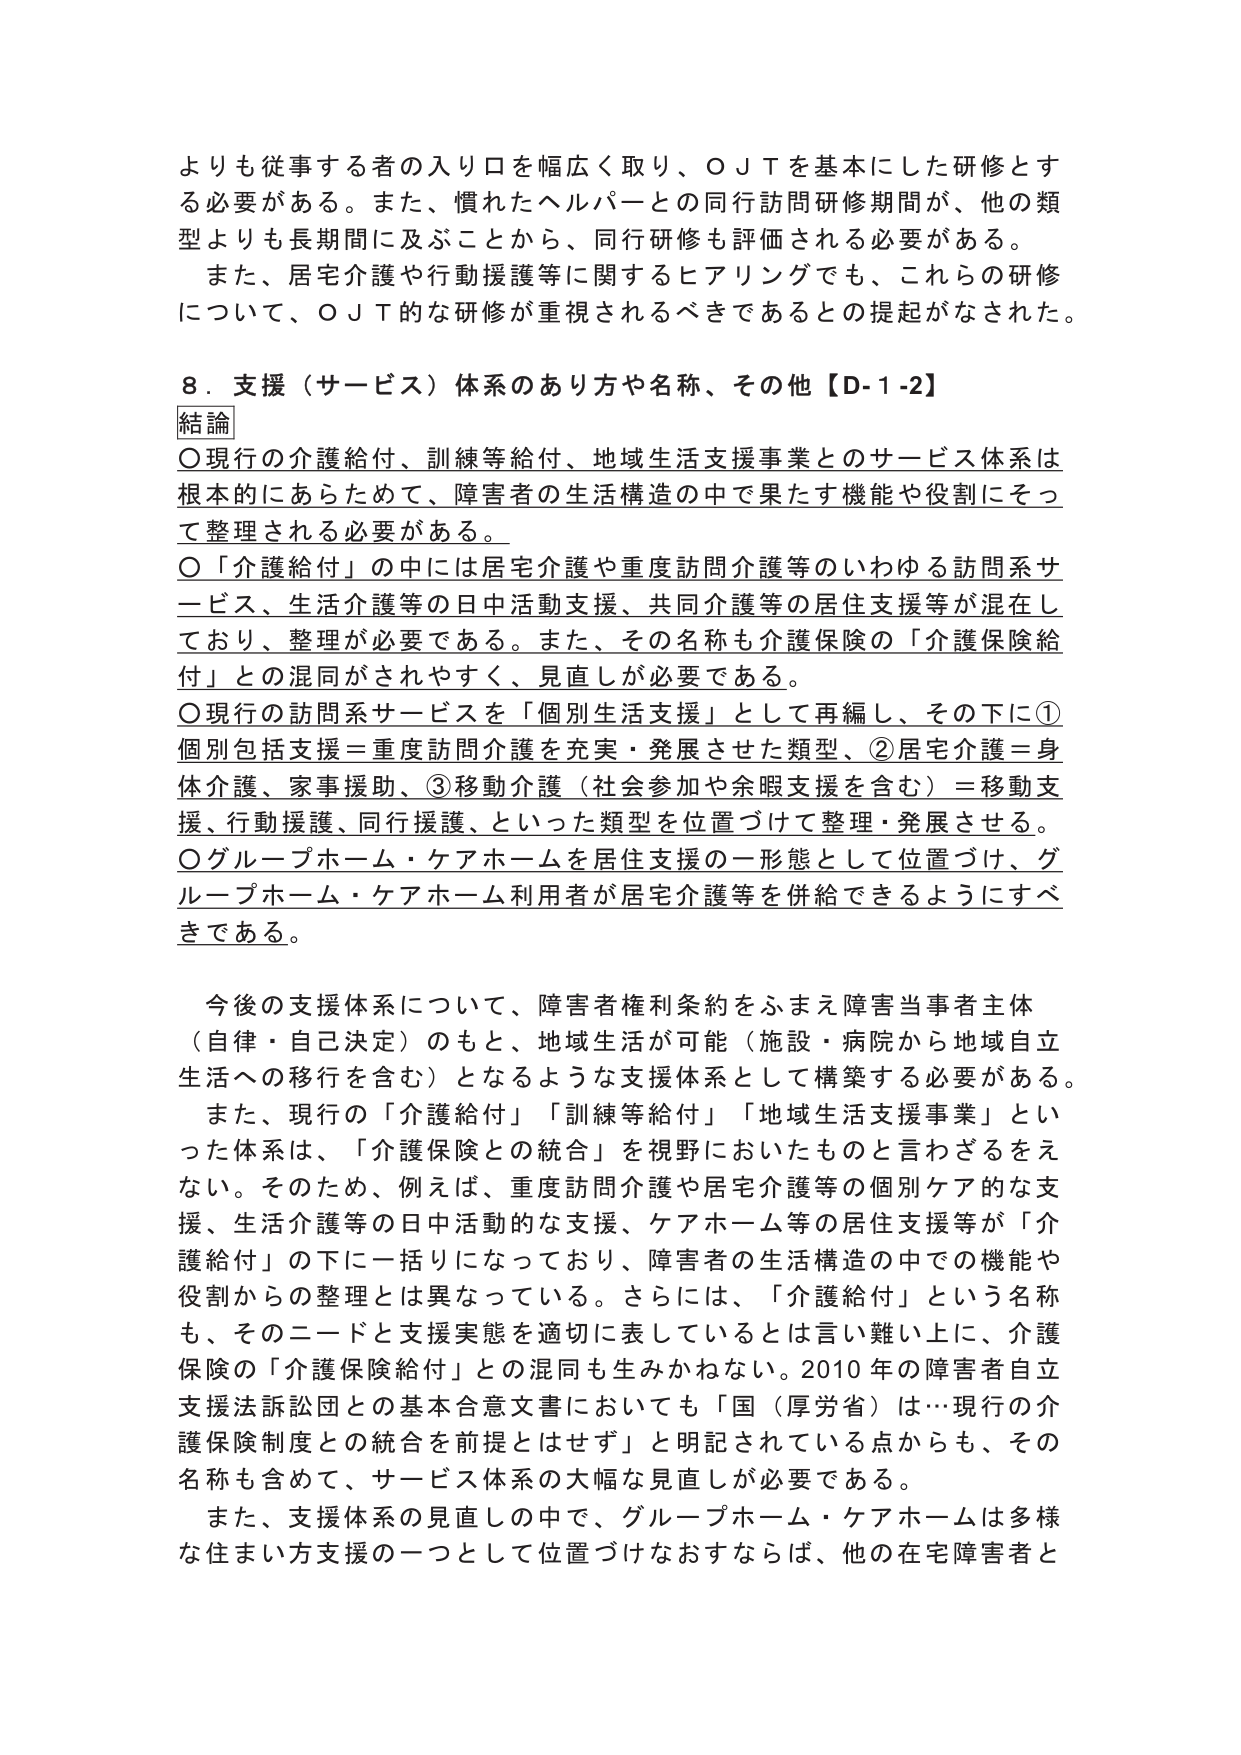
よりも従事する者の入り口を幅広く取り、ＯＪＴを基本にした研修とする必要がある。また、慣れたヘルパーとの同行訪問研修期間が、他の類型よりも長期間に及ぶことから、同行研修も評価される必要がある。

また、居宅介護や行動援護等に関するヒアリングでも、これらの研修について、ＯＪＴ的な研修が重視されるべきであるとの提起がなされた。

８．支援（サービス）体系のあり方や名称、その他【Ｄ-1-2】

結論

○現行の介護給付、訓練等給付、地域生活支援事業とのサービス体系は根本的にあらためて、障害者の生活構造の中で果たす機能や役割にそって整理される必要がある。

○「介護給付」の中には居宅介護や重度訪問介護等のいわゆる訪問系サービス、生活介護等の日中活動支援、共同介護等の居住支援等が混在しており、整理が必要である。また、その名称も介護保険の「介護保険給付」との混同がされやすく、見直しが必要である。

○現行の訪問系サービスを「個別生活支援」として再編し、その下に①個別包括支援＝重度訪問介護を充実・発展させた類型、②居宅介護＝身体介護、家事援助、③移動介護（社会参加や余暇支援を含む）＝移動支援、行動援護、同行援護、といった類型を位置づけて整理・発展させる。

○グループホーム・ケアホームを居住支援の一形態として位置づけ、グループホーム・ケアホーム利用者が居宅介護等を併給できるようにすべきである。

今後の支援体系について、障害者権利条約をふまえ障害当事者主体（自律・自己決定）のもと、地域生活が可能（施設・病院から地域自立生活への移行を含む）となるような支援体系として構築する必要がある。

また、現行の「介護給付」「訓練等給付」「地域生活支援事業」といった体系は、「介護保険との統合」を視野においたものと言わざるをえない。そのため、例えば、重度訪問介護や居宅介護等の個別ケア的な支援、生活介護等の日中活動的な支援、ケアホーム等の居住支援等が「介護給付」の下に一括りになっており、障害者の生活構造の中での機能や役割からの整理とは異なっている。さらには、「介護給付」という名称も、そのニードと支援実態を適切に表しているとは言い難い上に、介護保険の「介護保険給付」との混同も生みかねない。2010年の障害者自立支援法訴訟団との基本合意文書においても「国（厚労省）は…現行の介護保険制度との統合を前提とはせず」と明記されている点からも、その名称も含めて、サービス体系の大幅な見直しが必要である。

また、支援体系の見直しの中で、グループホーム・ケアホームは多様な住まい方支援の一つとして位置づけなおすならば、他の在宅障害者と